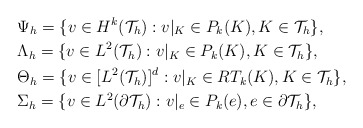
\begin{align*}\begin{aligned}&\Psi_h=\{v\in H^k(\mathcal{T}_h):v|_K\in P_k(K),K\in\mathcal{T}_h\},\\&\Lambda_h=\{v\in L^2(\mathcal{T}_h):v|_K\in P_k(K),K\in\mathcal{T}_h\},\\&\Theta_h=\{v\in [L^2(\mathcal{T}_h)]^d:v|_K\in RT_k(K),K\in\mathcal{T}_h\},\\&\Sigma_h=\{v\in L^2(\partial\mathcal{T}_h):v|_e\in P_k(e),e\in\partial\mathcal{T}_h\},\end{aligned}\end{align*}